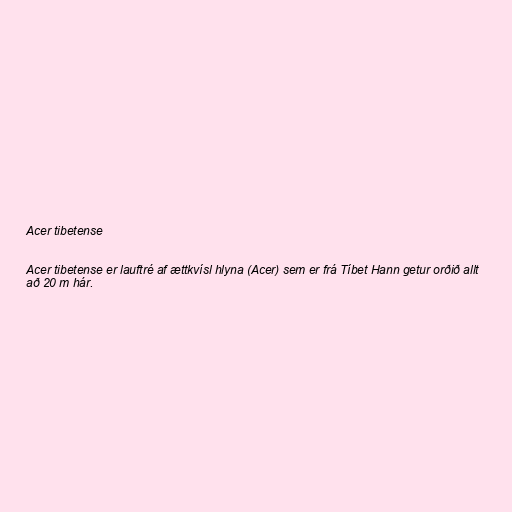
Acer tibetense

Acer tibetense er lauftré af ættkvísl hlyna (Acer) sem er frá Tíbet Hann getur orðið allt
að 20 m hár.